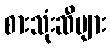
စားသုံးဆီများ